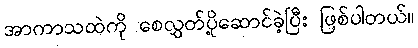
အာကာသထဲကို စေလွှတ်ပို့ဆောင်ခဲ့ပြီး ဖြစ်ပါတယ်။